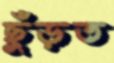
ছুঁড়ত